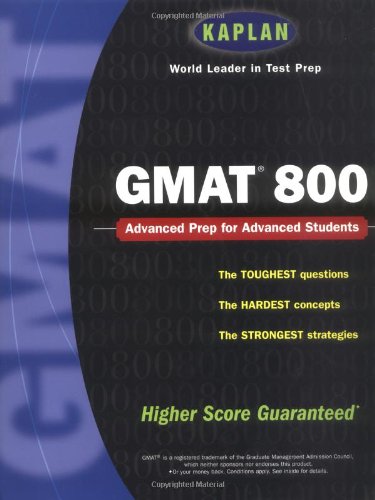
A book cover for Kaplan GMAT 800 (Kaplan GMAT Advanced); Kaplan; Test Preparation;